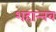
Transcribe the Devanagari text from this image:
शहान्‍नव